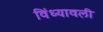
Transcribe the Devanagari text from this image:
विंध्यावली